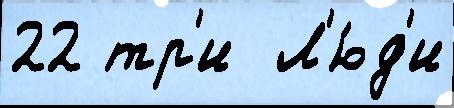
22 тр'и  Л'ю́д'и